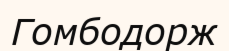
Гомбодорж